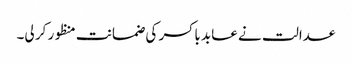
عدالت نے عابد باکسر کی ضمانت منظور کر لی۔